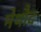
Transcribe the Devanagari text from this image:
मेथौद